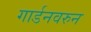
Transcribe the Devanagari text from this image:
गार्डनवरुन